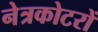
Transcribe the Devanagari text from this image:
नेत्रकोटरों